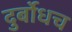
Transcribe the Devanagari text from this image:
दुर्बोधच